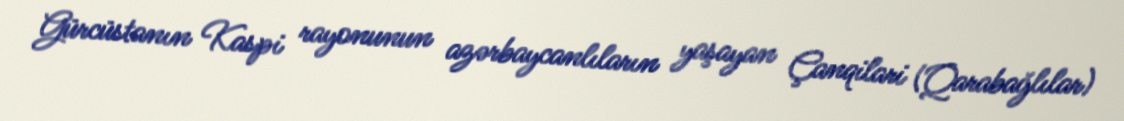
Gürcüstanın Kaspi rayonunun azərbaycanlıların yaşayan Çanqilari (Qarabağlılar)